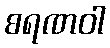
စရဏဝါ